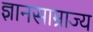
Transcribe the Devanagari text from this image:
ज्ञानसाम्राज्य